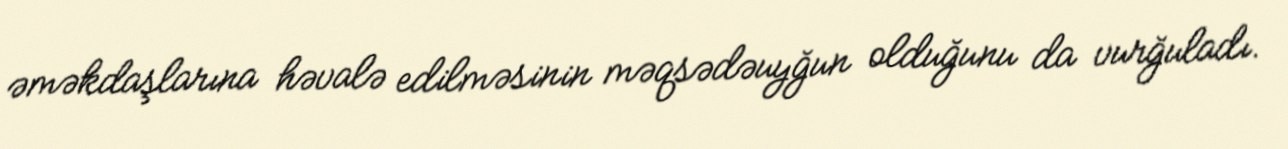
əməkdaşlarına həvalə edilməsinin məqsədəuyğun olduğunu da vurğuladı.